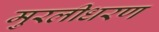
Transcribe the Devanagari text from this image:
मुरलीधरण